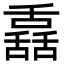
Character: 舙